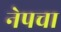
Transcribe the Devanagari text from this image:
नेपचा